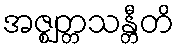
အဇ္ဈတ္တသန္တီတိ